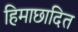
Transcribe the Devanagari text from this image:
हिमाछादित